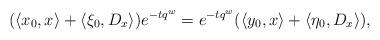
LaTeX: \begin{align*}(\langle x_0,x\rangle+\langle \xi_0,D_x\rangle)e^{-tq^w}=e^{-tq^w}(\langle y_0,x\rangle+\langle \eta_0,D_x\rangle),\end{align*}